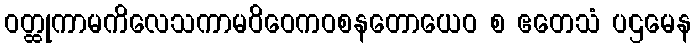
ဝတ္ထုကာမကိလေသကာမဝိဝေကဝစနတောယေဝ စ ဧတေသံ ပဌမေန